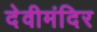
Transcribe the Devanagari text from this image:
देवीमंदिर